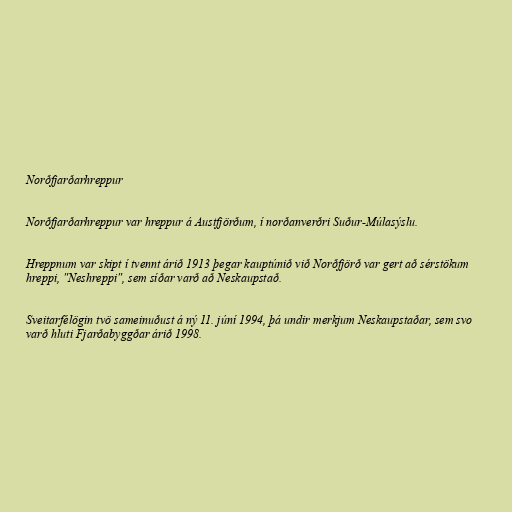
Norðfjarðarhreppur

Norðfjarðarhreppur var hreppur á Austfjörðum, í norðanverðri Suður-Múlasýslu.

Hreppnum var skipt í tvennt árið 1913 þegar kauptúnið við Norðfjörð var gert að sérstökum
hreppi, "Neshreppi", sem síðar varð að Neskaupstað.

Sveitarfélögin tvö sameinuðust á ný 11. júní 1994, þá undir merkjum Neskaupstaðar, sem svo
varð hluti Fjarðabyggðar árið 1998.